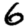
Digit: 6